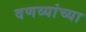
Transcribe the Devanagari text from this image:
वणव्यांच्या